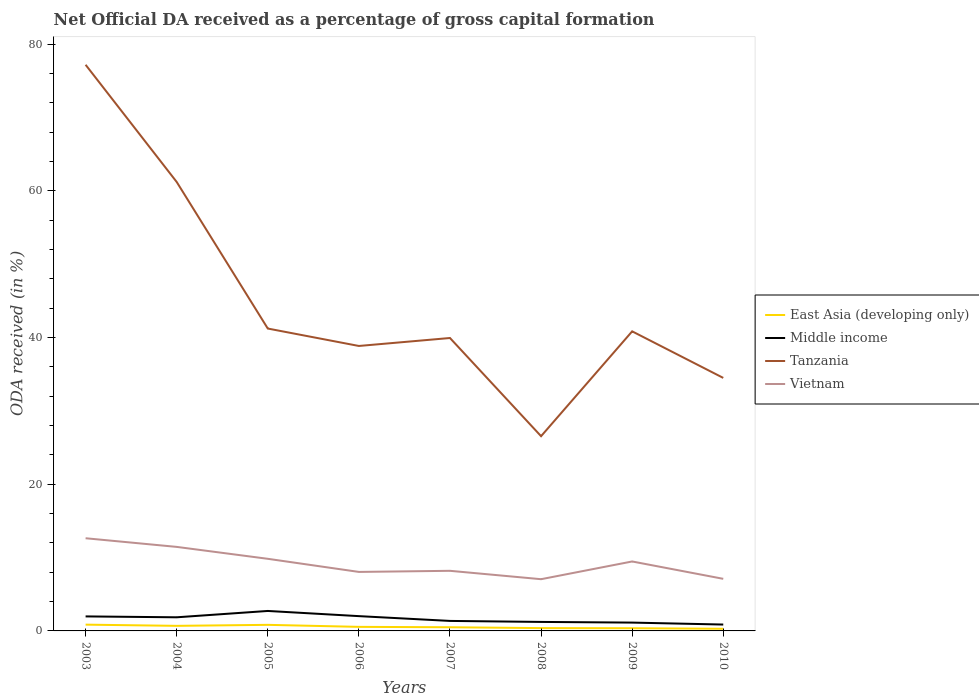
| Years | East Asia (developing only) | Middle income | Tanzania | Vietnam |
 | --- | --- | --- | --- | --- |
 | 2003 | 0.856 | 1.98 | 77.2 | 12.6 |
 | 2004 | 0.693 | 1.86 | 61.2 | 11.5 |
 | 2005 | 0.829 | 2.72 | 41.2 | 9.84 |
 | 2006 | 0.555 | 2.02 | 38.9 | 8.05 |
 | 2007 | 0.5 | 1.36 | 39.9 | 8.2 |
 | 2008 | 0.384 | 1.23 | 26.6 | 7.05 |
 | 2009 | 0.367 | 1.14 | 40.9 | 9.47 |
 | 2010 | 0.292 | 0.87 | 34.5 | 7.1 |